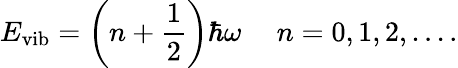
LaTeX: E_{\mathrm{vib}}=\left(n+{\frac{1}{2}}\right)\hbar\omega\ \ \ \ \ n=0,1,2,....